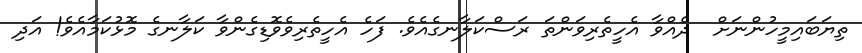
ތިޔަބައިމީހުންނަށް  ދެއްވާ އެހީތެރިވަންތަ ރަސްކަލާނގެއެވެ. ފަހެ އެހީތެރިވެވޮޑިގެންވާ ކަލާނގެ މޮޅުކަމާއެވެ! އަދި